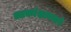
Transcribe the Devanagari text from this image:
आकांक्षानजरे